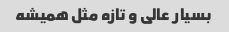
بسیار عالی و تازه مثل همیشه